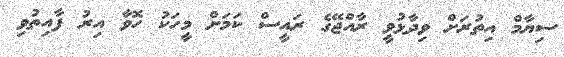
ސިޔާމް އިތުރަށް ވިދާޅުވީ ރާއްޖޭގެ ރައީސް ކަމަށް މީހަކު ހޮވާ އިރު ފާއިތުވި